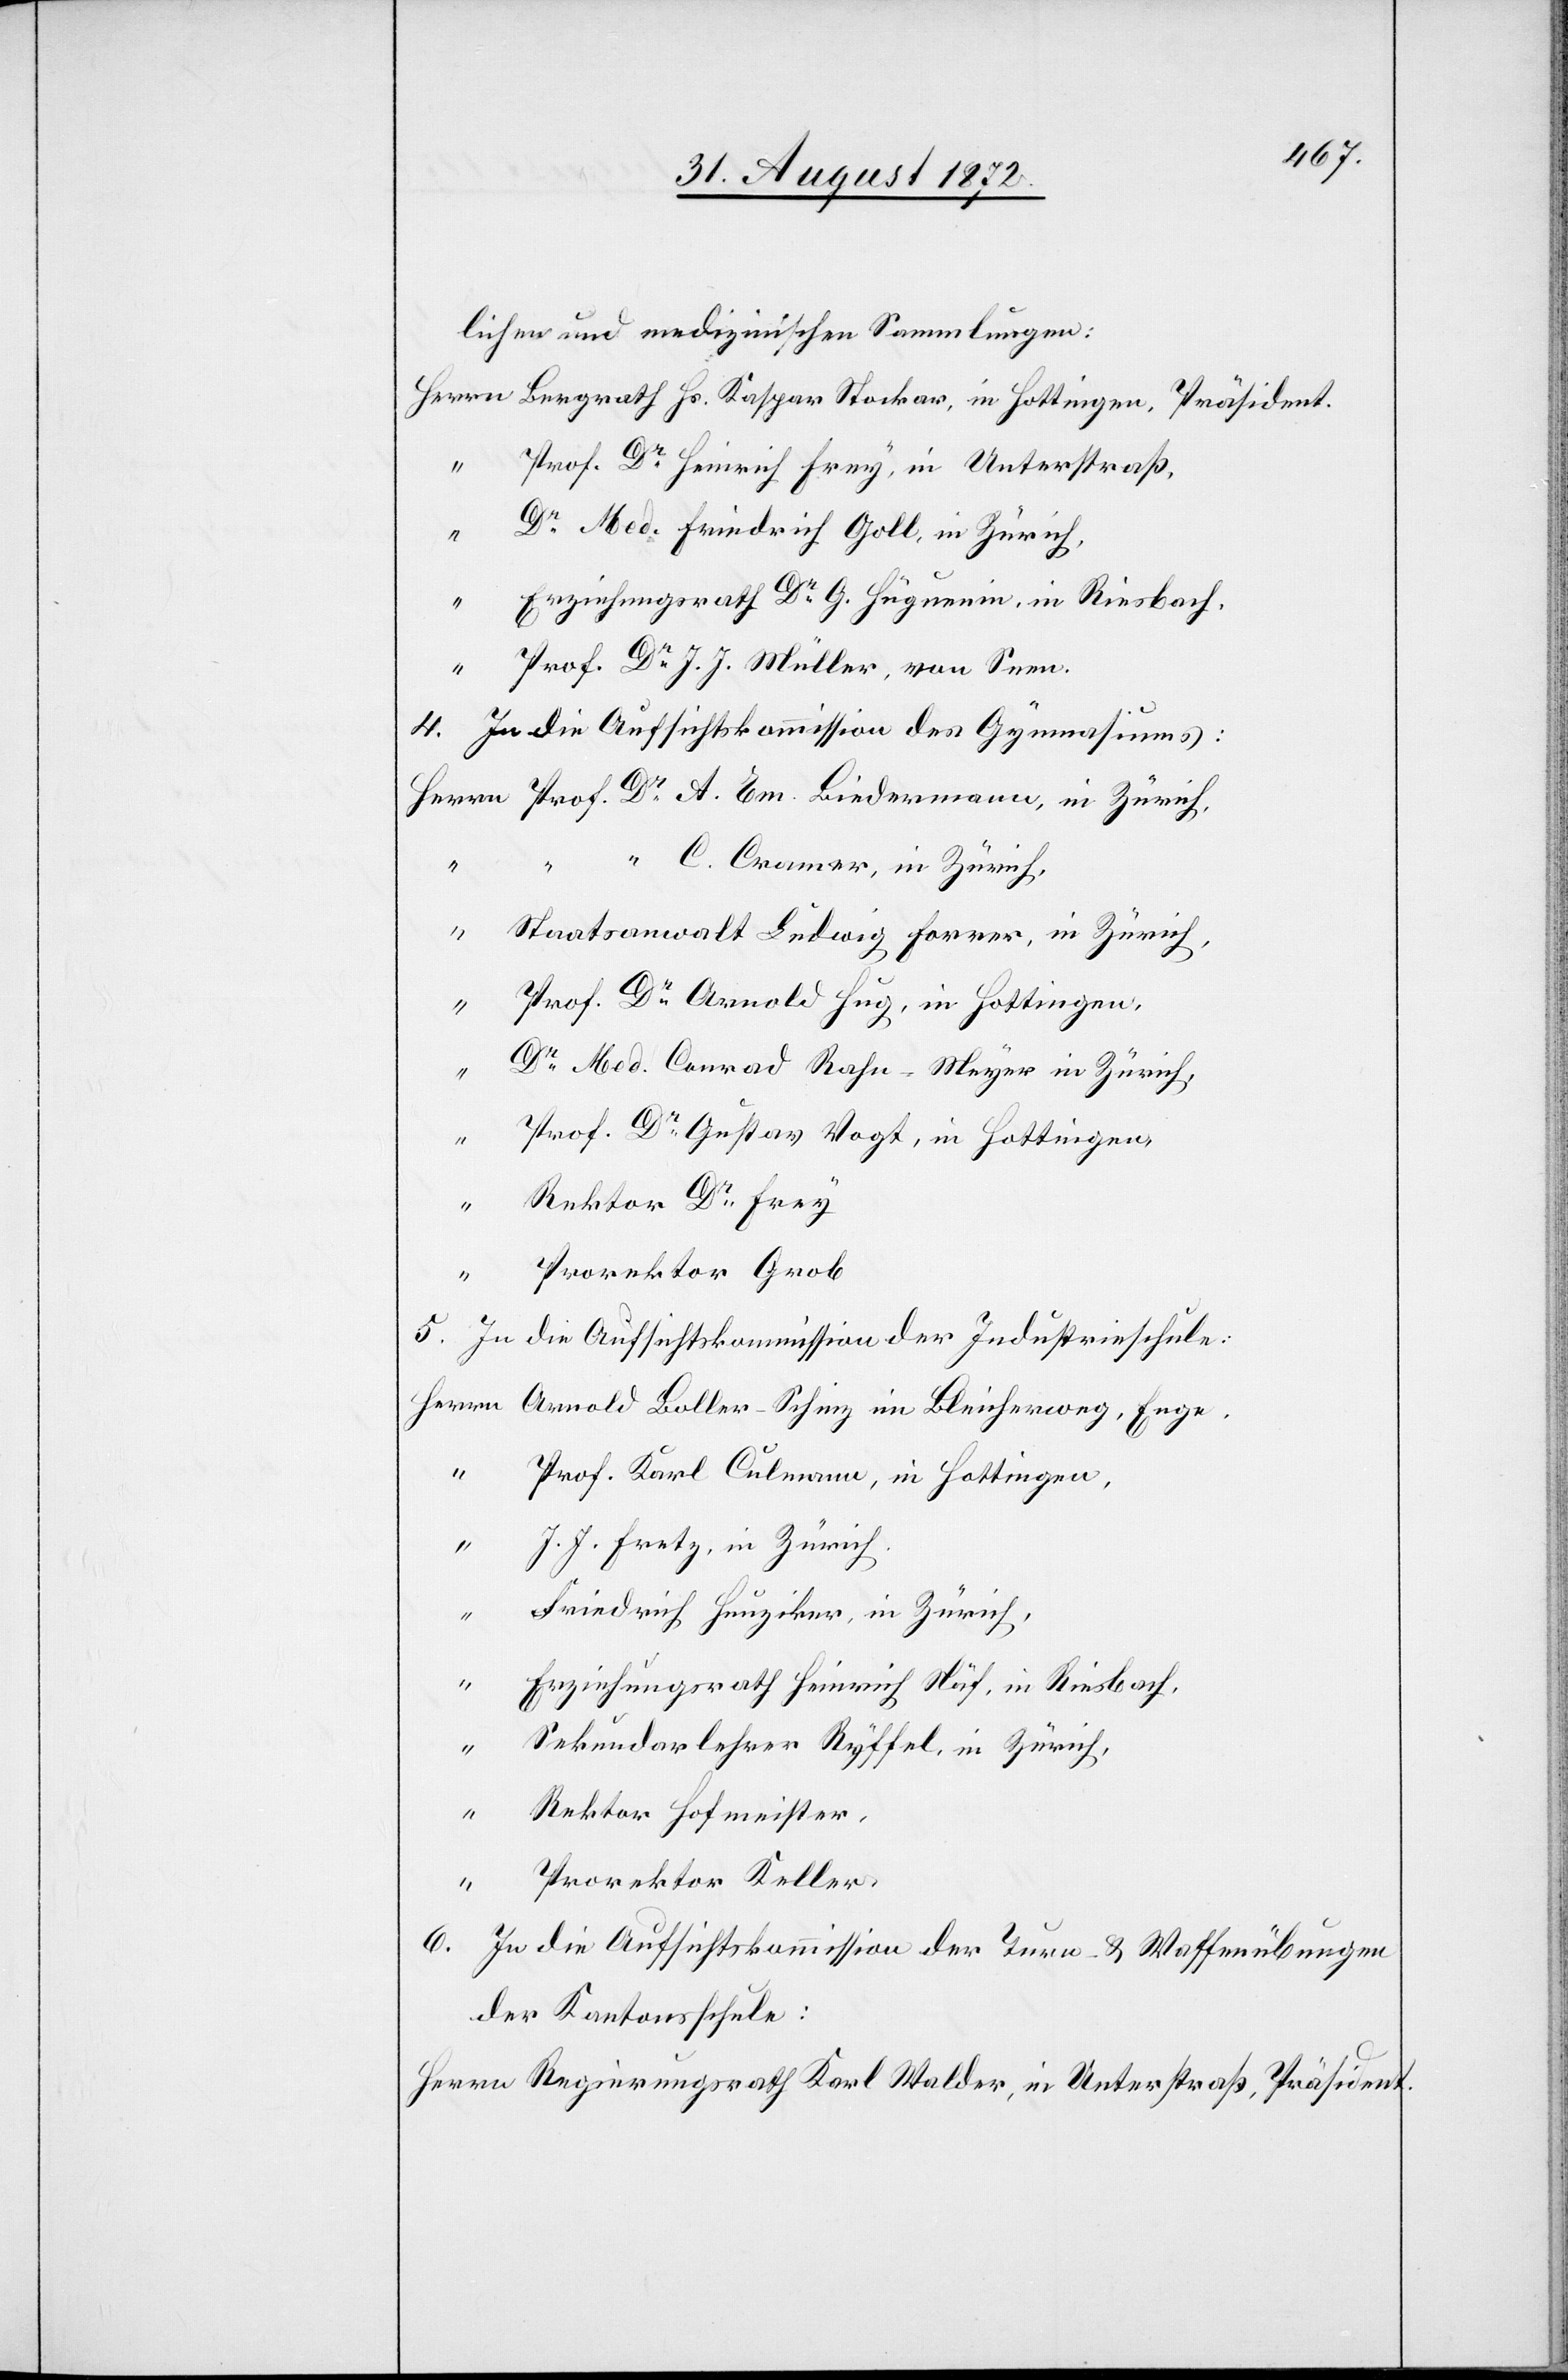
lichen und medizinischen Sammlungen:
Prof. Dr Heinrich Frey, in Unterstraß,
Dr Med. Friedrich Goll, in Zürich,
Erziehungsrath Dr G. Huguenin, in Riesbach,
Prof. Dr J. J. Müller, von Seen.
4. In die Aufsichtskommission des Gymnasiums:
“ C. Cramer, in Zürich,
Em.
Staatsanwalt Ludwig Forrer, in Zürich,
Prof. Dr Arnold Hug, in Hottingen,
Dr Med. Conrad Rahn-Meyer in Zürich,
Prof. Dr Gustav Vogt, in Hottingen,
Rektor Dr Frey
Prorektor Grob
5. In die Aufsichtskommission der Industrieschule:
Arnold Boller-Schinz im Bleicherweg, Enge.
Prof. Karl Culmann, in Hottingen,
J. J. Fretz, in Zürich,
Friedrich Hunziker, in Zürich,
Erziehungsrath Heinrich Näf, in Riesbach,
Sekundarlehrer Ryffel, in Zürich,
Rektor Hofmeister,
Prorektor Keller,
6. In die Aufsichtskommission der Turn- u. Waffenübungen
der Kantonsschule: